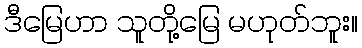
ဒီမြေဟာ သူတို့မြေ မဟုတ်ဘူး။